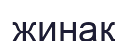
жинақ